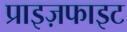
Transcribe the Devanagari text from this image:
प्राइज़फाइट